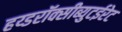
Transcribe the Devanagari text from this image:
हय्डरॉक्सीब्युटईरेट